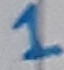
Text: 1